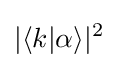
|\langle k|\alpha \rangle |^{2}